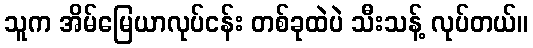
သူက အိမ်မြေယာလုပ်ငန်း တစ်ခုထဲပဲ သီးသန့် လုပ်တယ်။